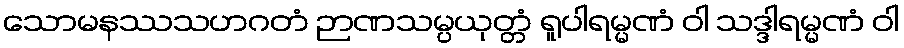
သောမနဿသဟဂတံ ဉာဏသမ္ပယုတ္တံ ရူပါရမ္မဏံ ဝါ သဒ္ဒါရမ္မဏံ ဝါ